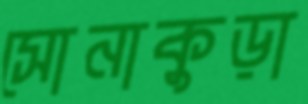
সোনাকুড়া